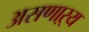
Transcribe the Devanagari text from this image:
असणाऱ्य